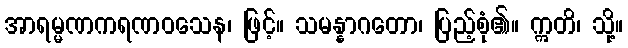
အာရမ္မဏကရဏဝသေန၊ ဖြင့်။ သမန္နာဂတော၊ ပြည့်စုံ၏။ ဣတိ၊ သို့။